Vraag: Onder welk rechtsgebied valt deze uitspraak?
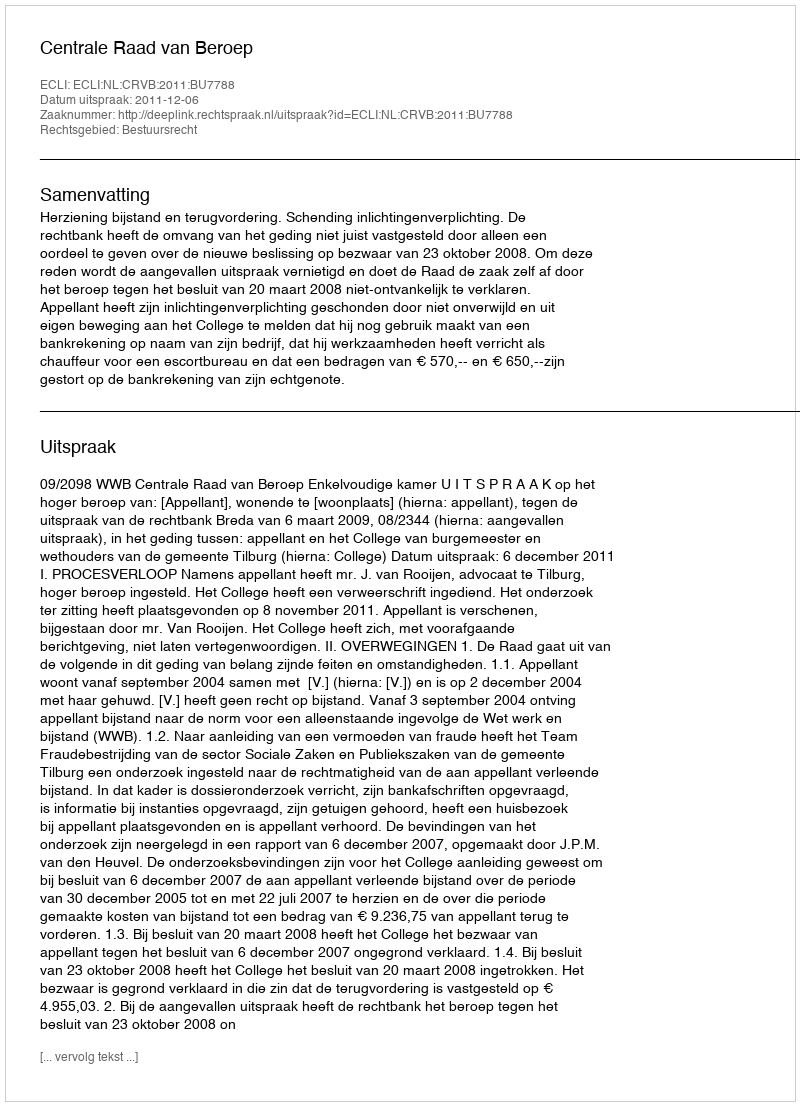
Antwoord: Bestuursrecht